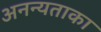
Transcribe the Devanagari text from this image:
अनन्यताका